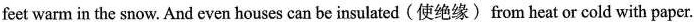
feet warm in the snow. And even houses can be insulated (使绝缘) from heat or cold with paper.